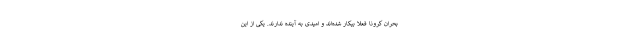
بحران کرونا فعلاً بیکار شده‌اند و امیدی به آینده ندارند. یکی از این